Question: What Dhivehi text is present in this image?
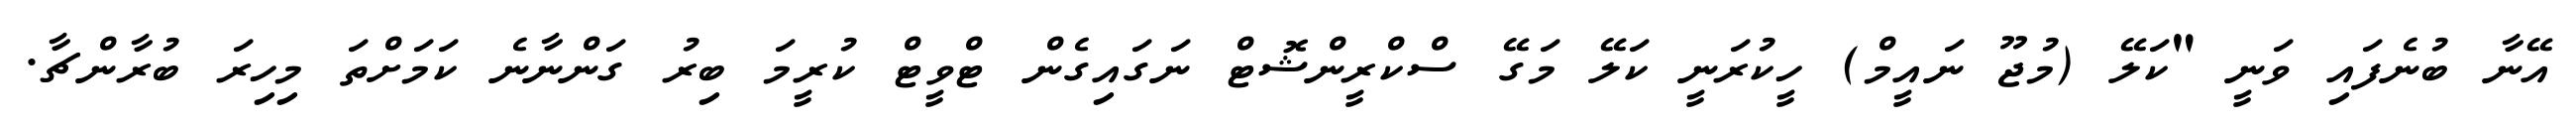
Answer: އޭނާ ބުނެފައި ވަނީ "ކަލޭ (މުޖޫ ނައީމް) ހީކުރަނީ ކަލޭ މަގޭ ސްކްރީންޝޮޓް ނަގައިގެން ޓްވީޓް ކުރީމަ ބިރު ގަންނާނެ ކަމަށްތަ މިހިރަ ބުރާންޗާ.